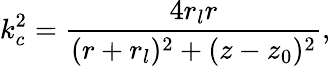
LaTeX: k_{c}^{2}=\frac{4r_{l}r}{(r+r_{l})^{2}+(z-z_{0})^{2}},